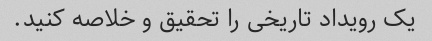
یک رویداد تاریخی را تحقیق و خلاصه کنید.